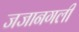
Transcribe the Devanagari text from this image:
जजानगली